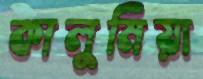
কালুমিয়া